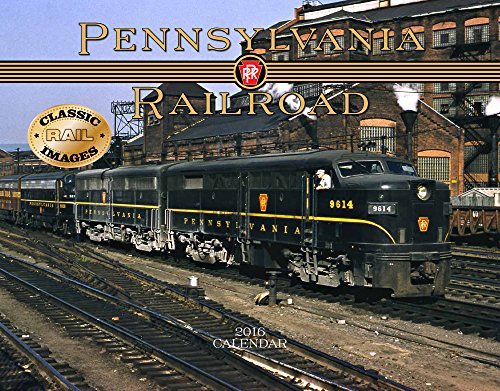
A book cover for Pennsylvania Railroad 2016 Calendar 11x14; Tide-mark Classic Train Series; Engineering & Transportation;